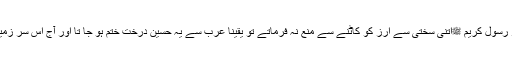
وہ سدر بہ معنی الارزہی تھا اور اگر رسول کریم ﷺاتنی سختی سے ارز کو کاٹنے سے منع نہ فرماتے تو یقینا عرب سے یہ حسین درخت ختم ہو جا تا اور آج اس سر زمین پر اس درخت کا وجود ہی نہ ہوتا ۔